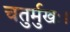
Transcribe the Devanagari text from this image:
चतुर्मुखः।